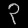
Digit: ၃